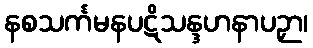
နစသင်္ကမနပဋိသန္ဒဟနာပဉှာ၊